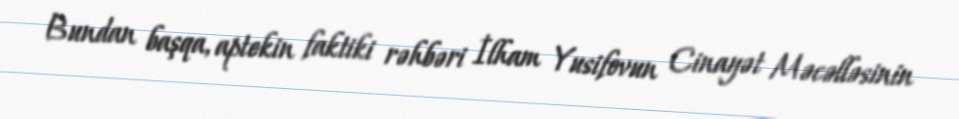
Bundan başqa, aptekin faktiki rəhbəri İlham Yusifovun Cinayət Məcəlləsinin